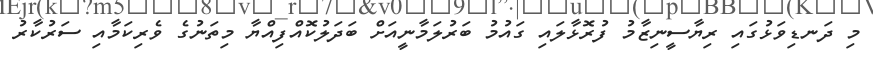
މި ދަނޑިވަޅުގައި ރިޔާސީނިޒާމު ފުރޮޅާލައި ގައުމު ބަރުލަމާނީއަށް ބަދަލުކޮއްފިއްޔާ މިތަނުގެ ވެރިކަމާއި ސަރުކާރު